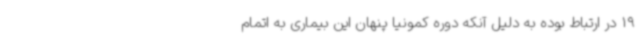
19 در ارتباط بوده به دلیل آنکه دوره کمونیا پنهان این بیماری به اتمام